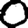
Digit: 0